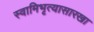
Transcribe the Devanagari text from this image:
स्वामिभृत्यासारखा